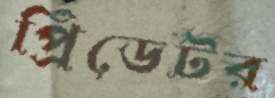
প্রিডেটর